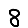
Digit: 8